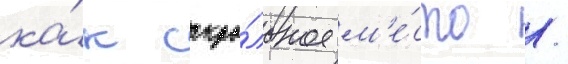
ка́к сакра́льное м'е́сто /